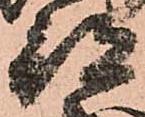
部